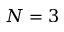
N = 3